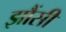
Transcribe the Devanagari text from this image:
झौंसी